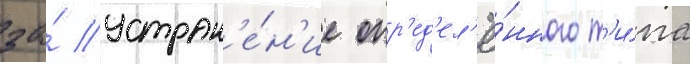
за́ устран'е́н'ие опр'ед'ел'ё́нного т'и́па